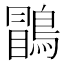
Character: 𪃑